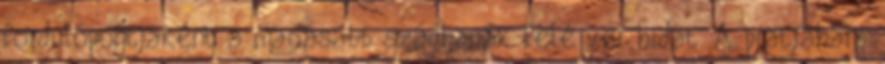
fordulópontjaként a magasabb szádhanák felé ver hidat. A pratjáhára